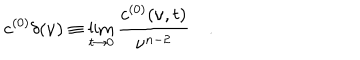
c ^ { ( 0 ) } \delta ( \nu ) \equiv \lim _ { t \to 0 } { \frac { c ^ { ( 0 ) } ( \nu , t ) } { \nu ^ { n - 2 } } } \quad .